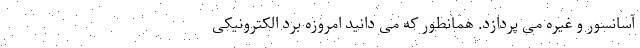
آسانسور و غیره می پردازد. همانطور که می دانید امروزه برد الکترونیکی